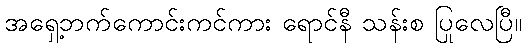
အရှေ့ဘက်ကောင်းကင်ကား ရောင်နီ သန်းစ ပြုလေပြီ။